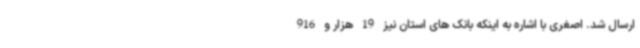
ارسال شد. اصغری با اشاره به اینکه بانک های استان نیز 19 هزار و 916